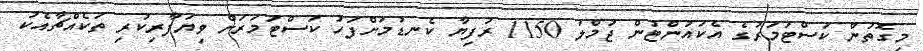
މިގޮތުން ކަސްޓަމަރުގެ އެކައުންޓުން ޖުމްލަ 1150 ރުފިޔާ ކެނޑުމަށްފަހު ކަސްޓަމަރަށް ވިޔަފާރިކުރި ތަކެއްޗާއެކު